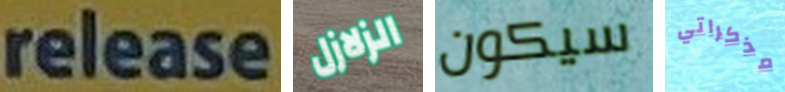
release الزلازل سيكون مذكراتي